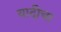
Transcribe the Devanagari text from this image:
यादीचा